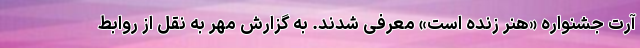
آرت جشنواره «هنر زنده است» معرفی شدند. به گزارش مهر به نقل از روابط